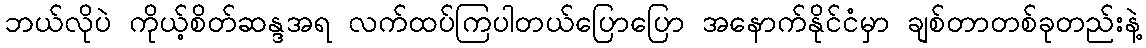
ဘယ်လိုပဲ ကိုယ့်စိတ်ဆန္ဒအရ လက်ထပ်ကြပါတယ်ပြောပြော အနောက်နိုင်ငံမှာ ချစ်တာတစ်ခုတည်းနဲ့